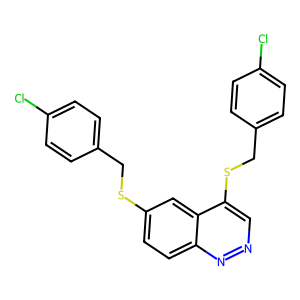
SMILES: Clc1ccc(CSc2ccc3nncc(SCc4ccc(Cl)cc4)c3c2)cc1
Inhibits HIV replication: No